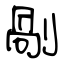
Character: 剮